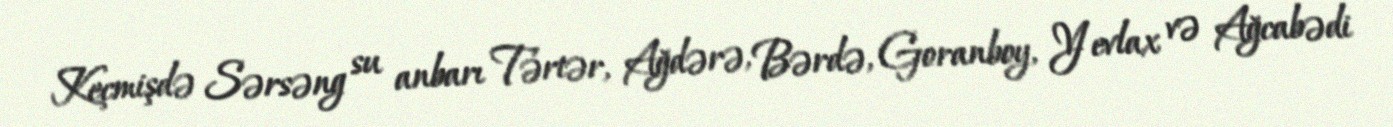
Keçmişdə Sərsəng su anbarı Tərtər, Ağdərə, Bərdə, Goranboy, Yevlax və Ağcabədi